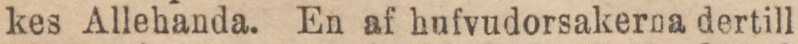
kes Allehanda. En af hufvudorsakerna dertill